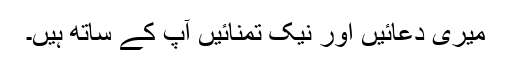
میری دعائیں اور نیک تمنائیں آپ کے ساتھ ہیں۔